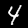
Digit: 4